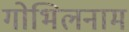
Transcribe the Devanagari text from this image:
गोभिलनाम